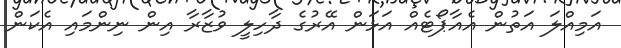
އަމިއްލަ އަތުން އެއާޕޯޓެއް އަޅަން އޭރުގެ ދާހިލީ ވުޒާރާ އިން ނިންމައި އެކަން